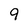
Character: 9